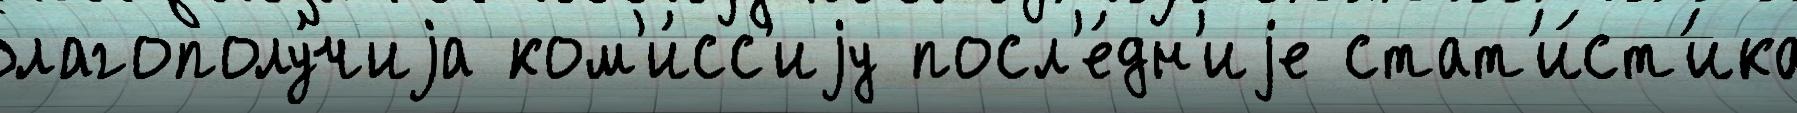
благополу́чиjа ком'и́сс'иjу посл'е́дн'иjе стат'и́ст'ика